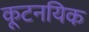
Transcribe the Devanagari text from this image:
कूटनयिक